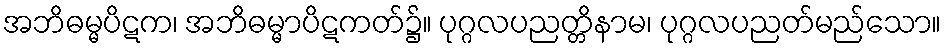
အဘိဓမ္မပိဋက၊ အဘိဓမ္မာပိဋကတ်၌။ ပုဂ္ဂလပညတ္တိနာမ၊ ပုဂ္ဂလပညတ်မည်သော။